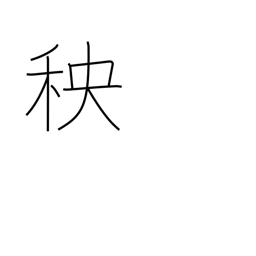
Meaning: seedlings